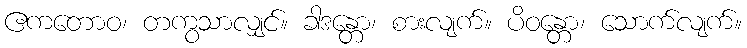
ဧကတောဝ၊ တကွသာလျှင်။ ခါဒန္တော၊ စားလျက်။ ပိဝန္တော၊ သောက်လျက်။